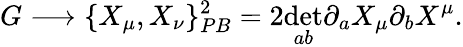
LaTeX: G\longrightarrow\{ X_{\mu},X_{\nu}\} _{PB}^{2}=2\operatorname*{d\mathrm{e}t}_{ab}\partial_{a}X_{\mu}\partial_{b}X^{\mu}.